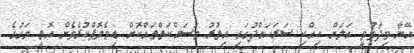
އޭނާ ވިދާޅުވީ އަލަށް ހިއްކި ސަރަހައްދުގައި އިތުރު މަސައްކަތްތައްކޮށް ޑިވެލޮޕްކުރެވެން އޮތީ މަގުގެ